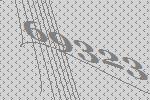
69323